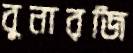
বুনারজি